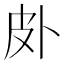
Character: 𱱿